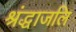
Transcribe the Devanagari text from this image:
श्रंद्धाजलि